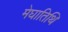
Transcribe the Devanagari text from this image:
मेघातिथि